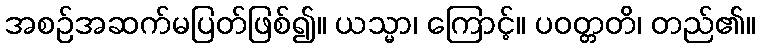
အစဉ်အဆက်မပြတ်ဖြစ်၍။ ယသ္မာ၊ ကြောင့်။ ပဝတ္တတိ၊ တည်၏။